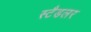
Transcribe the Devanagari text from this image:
स्टैडलर